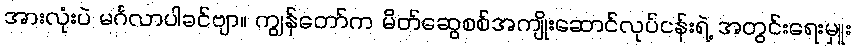
အားလုံးပဲ မင်္ဂလာပါခင်ဗျာ။ ကျွန်တော်က မိတ်ဆွေစစ်အကျိုးဆောင်လုပ်ငန်းရဲ့ အတွင်းရေးမှူး